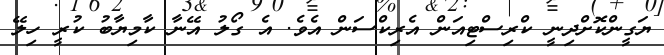
ޔަގީންކޮށްދިނީ ކްރިސްޓިއަން އެރިކްސަން އެވެ. އެ ގޯލު އޭނާ ކާމިޔާބު ކުރީ ހިލޭ